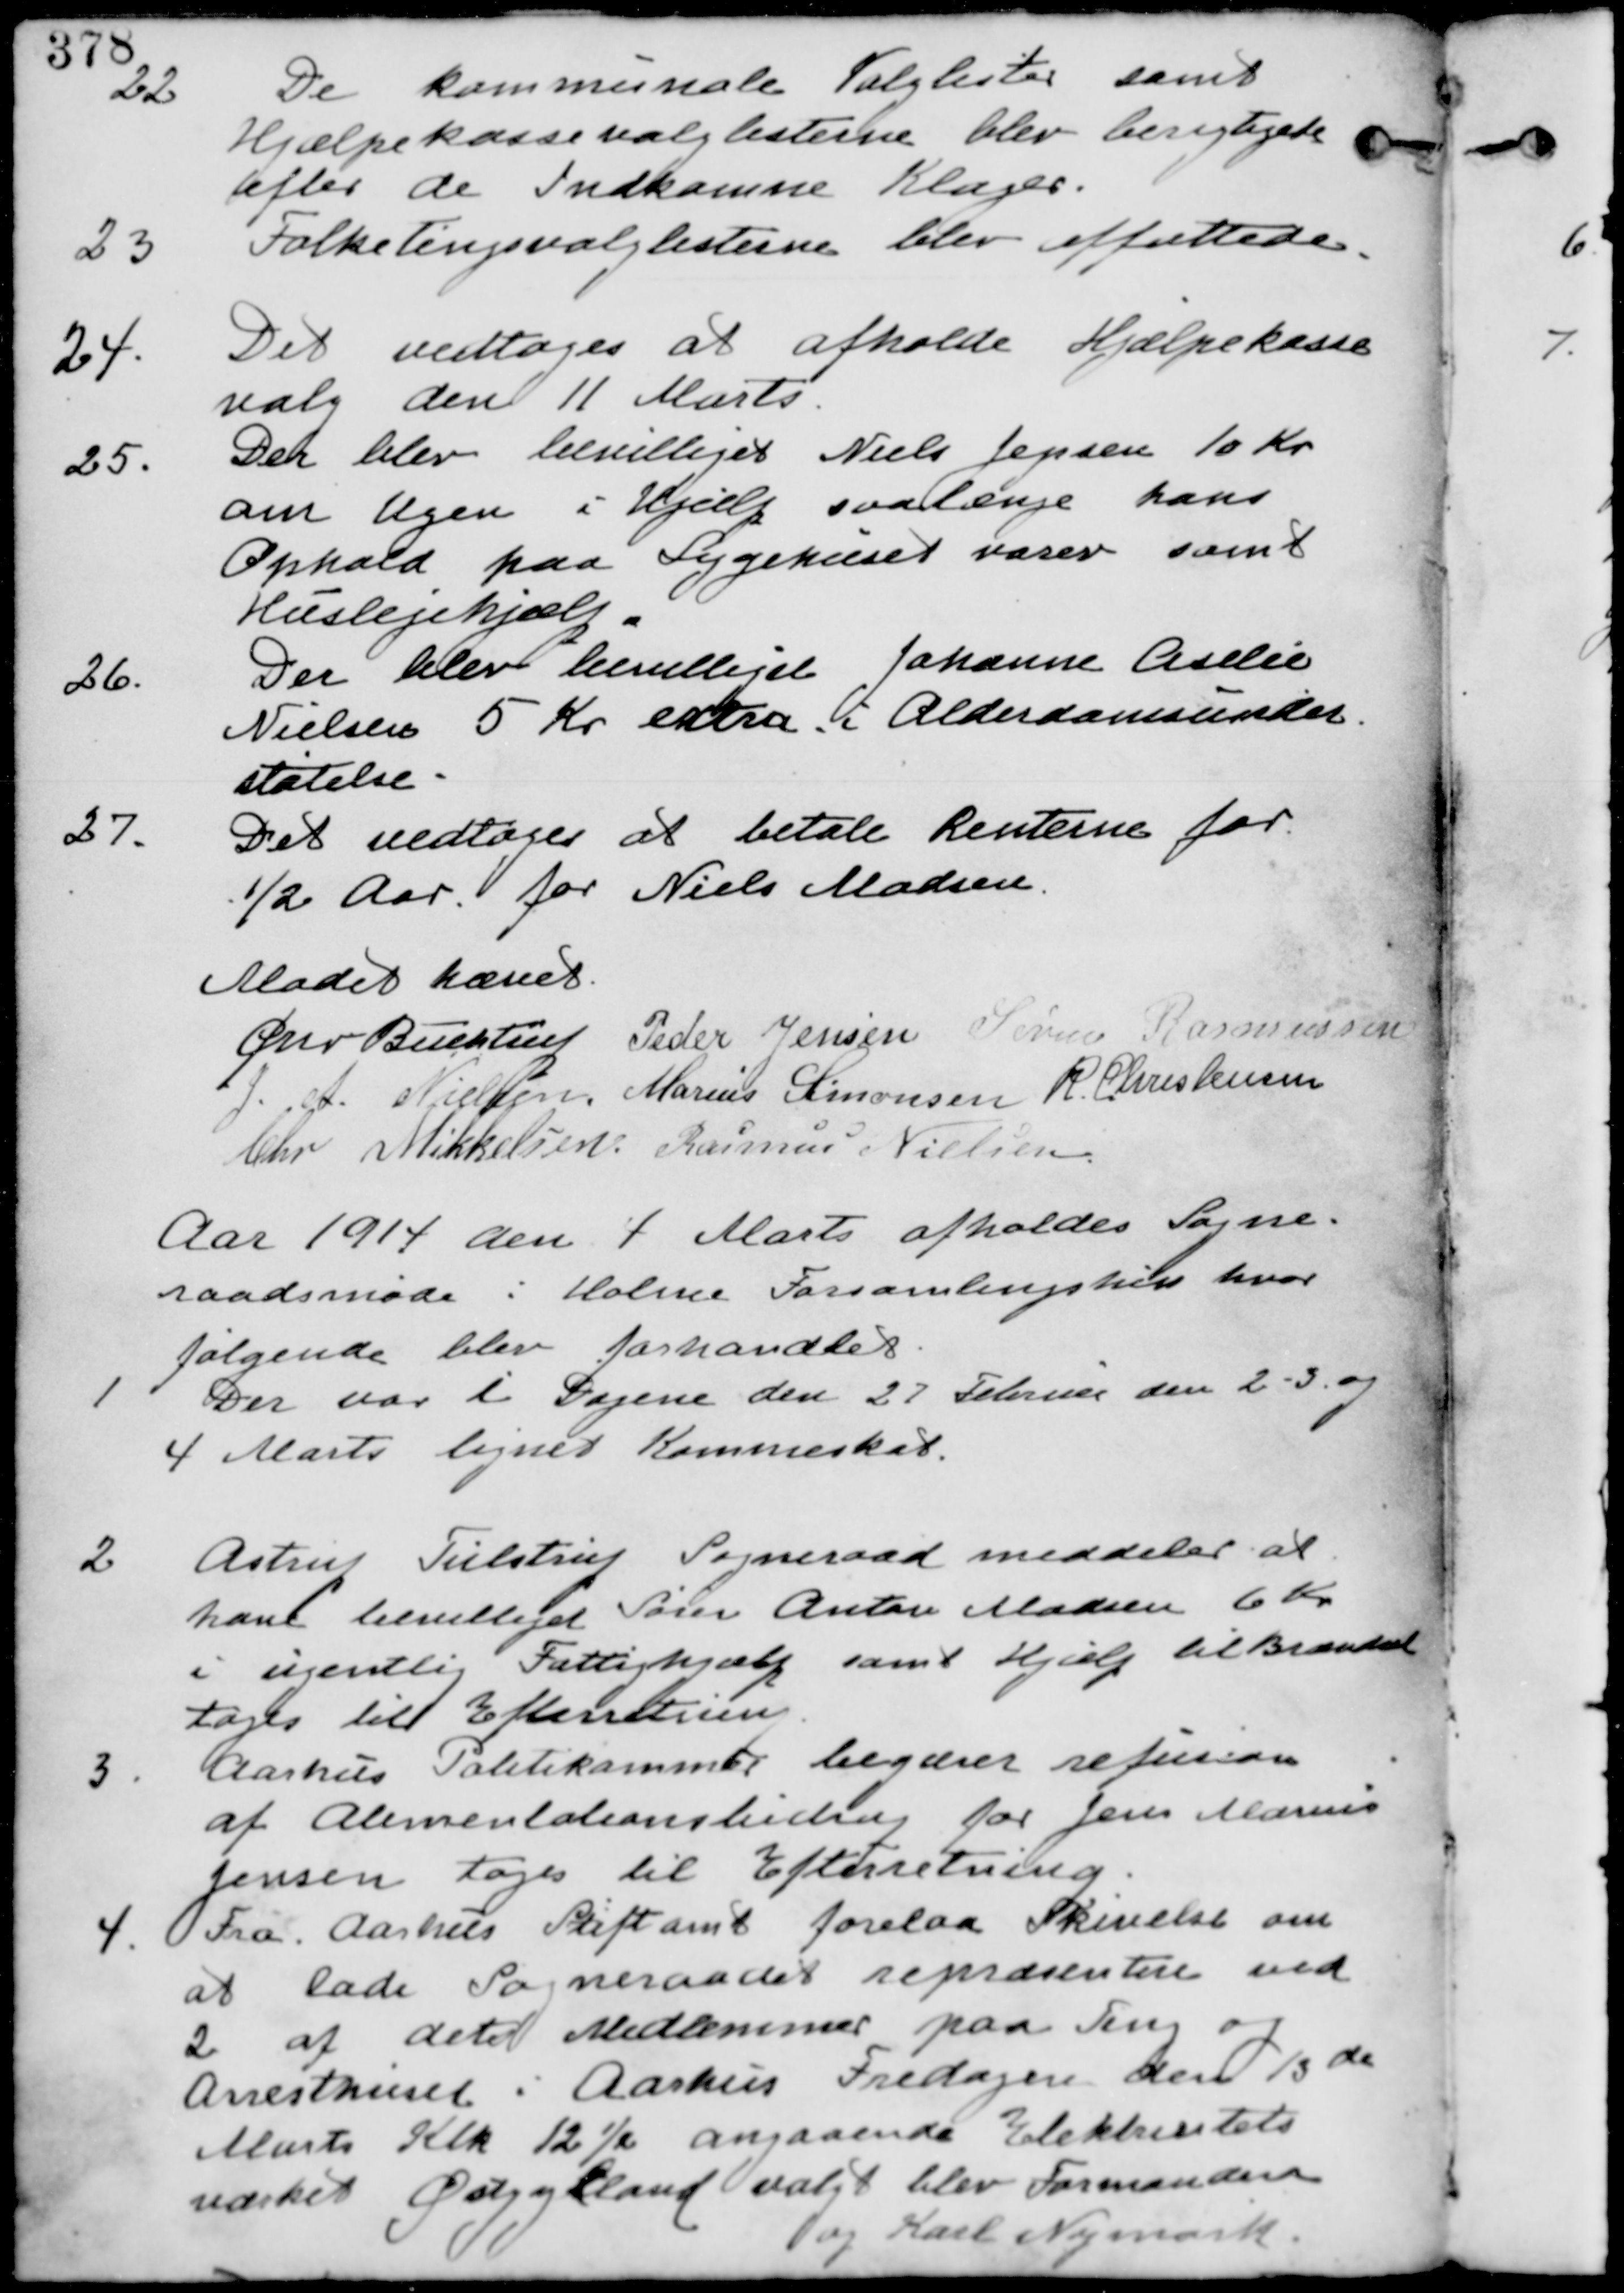
Transskription:
22.
De kommunale Valglister samt
Hjælpekassevalglisterne blev berigtiget
efter de Indkomne Klager.

23.
Folketingsvalglisterne blev affattede.

24.
Det vedtages at afholde Hjælpekasse-
valg den 11 Marts.

25.
Der blev bevilliget Niels Jensen 10 Kr
om Ugen i Hjælp saa længe hans
Ophold paa Sygehuset varer samt
Huslejehjælp

26.
Der blev bevilliget Johanne Aselie
Nielsen 5 Kr extra i Alderdomsunder-
støtelse

27.
Det vedtages at betal Renterne for
1/2 Aar for Niels Madsen

Mødet Hævet
Chr Buchtrup Peder Jensen Søren Rasmussen
J. A. Nielsen. Marius Simonsen R. Christensen
Chr Mikkelsen. Rasmus Nielsen

Aar 1914 den 4 Marts afholdes Sogne-
raadsmøde i Holme Forsamlingshus hvor
følgende blev forhandlet.

1
Der var i Dagene den 27 Februar den 2-3 og
4 Marts lignet Kommuneskalt.

2.
Astrup Tulstrup Sogneraad meddeler at
have bevilliget Søren Anton Madsen 6 Kr
i ugentlig Fattighjælp samt hjælp til Brændsel
tages til Efterretning.

3.
Aarhus Politikammer begærer refusion
af Alimentationsbidrag for Jens Marius
Jensen tages til Efterretning.

4. Fra Aarhus Stiftamt forelaa Skrivelse om
at lade Sogneraadet repræsentere ved
2 af dets Medlemmer paa Ting og
Arresthuset i Aarhus Fredagen de 13de
Marts Klk 12 ½ angaaende Elektrisitets
værket Østjylland valgt blev Formanden
og Karl Nymark.